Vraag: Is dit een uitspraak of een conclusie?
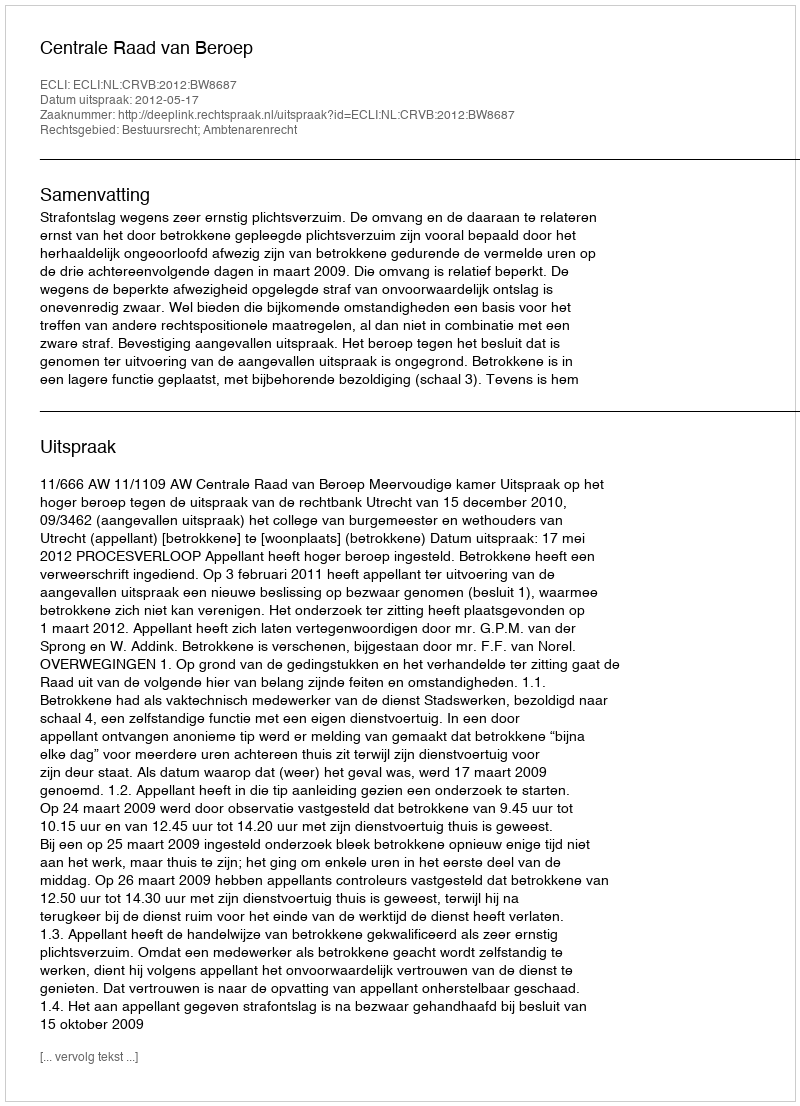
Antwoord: Uitspraak